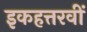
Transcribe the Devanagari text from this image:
इकहत्तरवीं